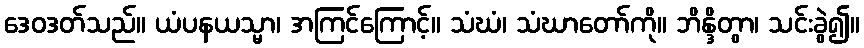
ဒေဝဒတ်သည်။ ယံပနယသ္မာ၊ အကြင်ကြောင့်။ သံဃံ၊ သံဃာတော်ကို။ ဘိန္ဒိတွာ၊ သင်းခွဲ၍။